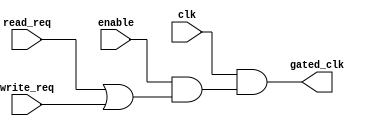
module clock_gating_control (
    input wire clk,
    input wire enable,
    input wire read_req,
    input wire write_req,
    output wire gated_clk
);
    // Internal signal to determine when to enable clock
    wire clock_enable;

    // Logic to decide if clock should be enabled based on enable, read, and write requests
    assign clock_enable = enable && (read_req || write_req);

    // Gated clock using AND gate
    assign gated_clk = clk & clock_enable;

endmodule